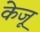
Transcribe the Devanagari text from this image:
केजू